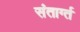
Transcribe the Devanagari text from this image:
संतार्ग्त